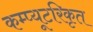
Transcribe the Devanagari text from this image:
कम्प्यूटरिकृत